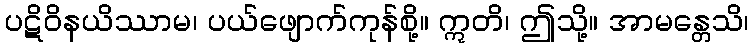
ပဋိဝိနယိဿာမ၊ ပယ်ဖျောက်ကုန်စို့။ ဣတိ၊ ဤသို့။ အာမန္တေသိ၊